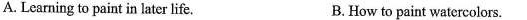
A. Learning to paint in later life. B. How to paint watercolors.